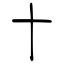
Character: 十